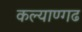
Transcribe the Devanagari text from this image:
कल्याण्गढ